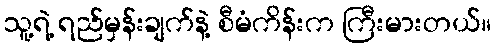
သူ့ရဲ့ ရည်မှန်းချက်နဲ့ စီမံကိန်းက ကြီးမားတယ်။